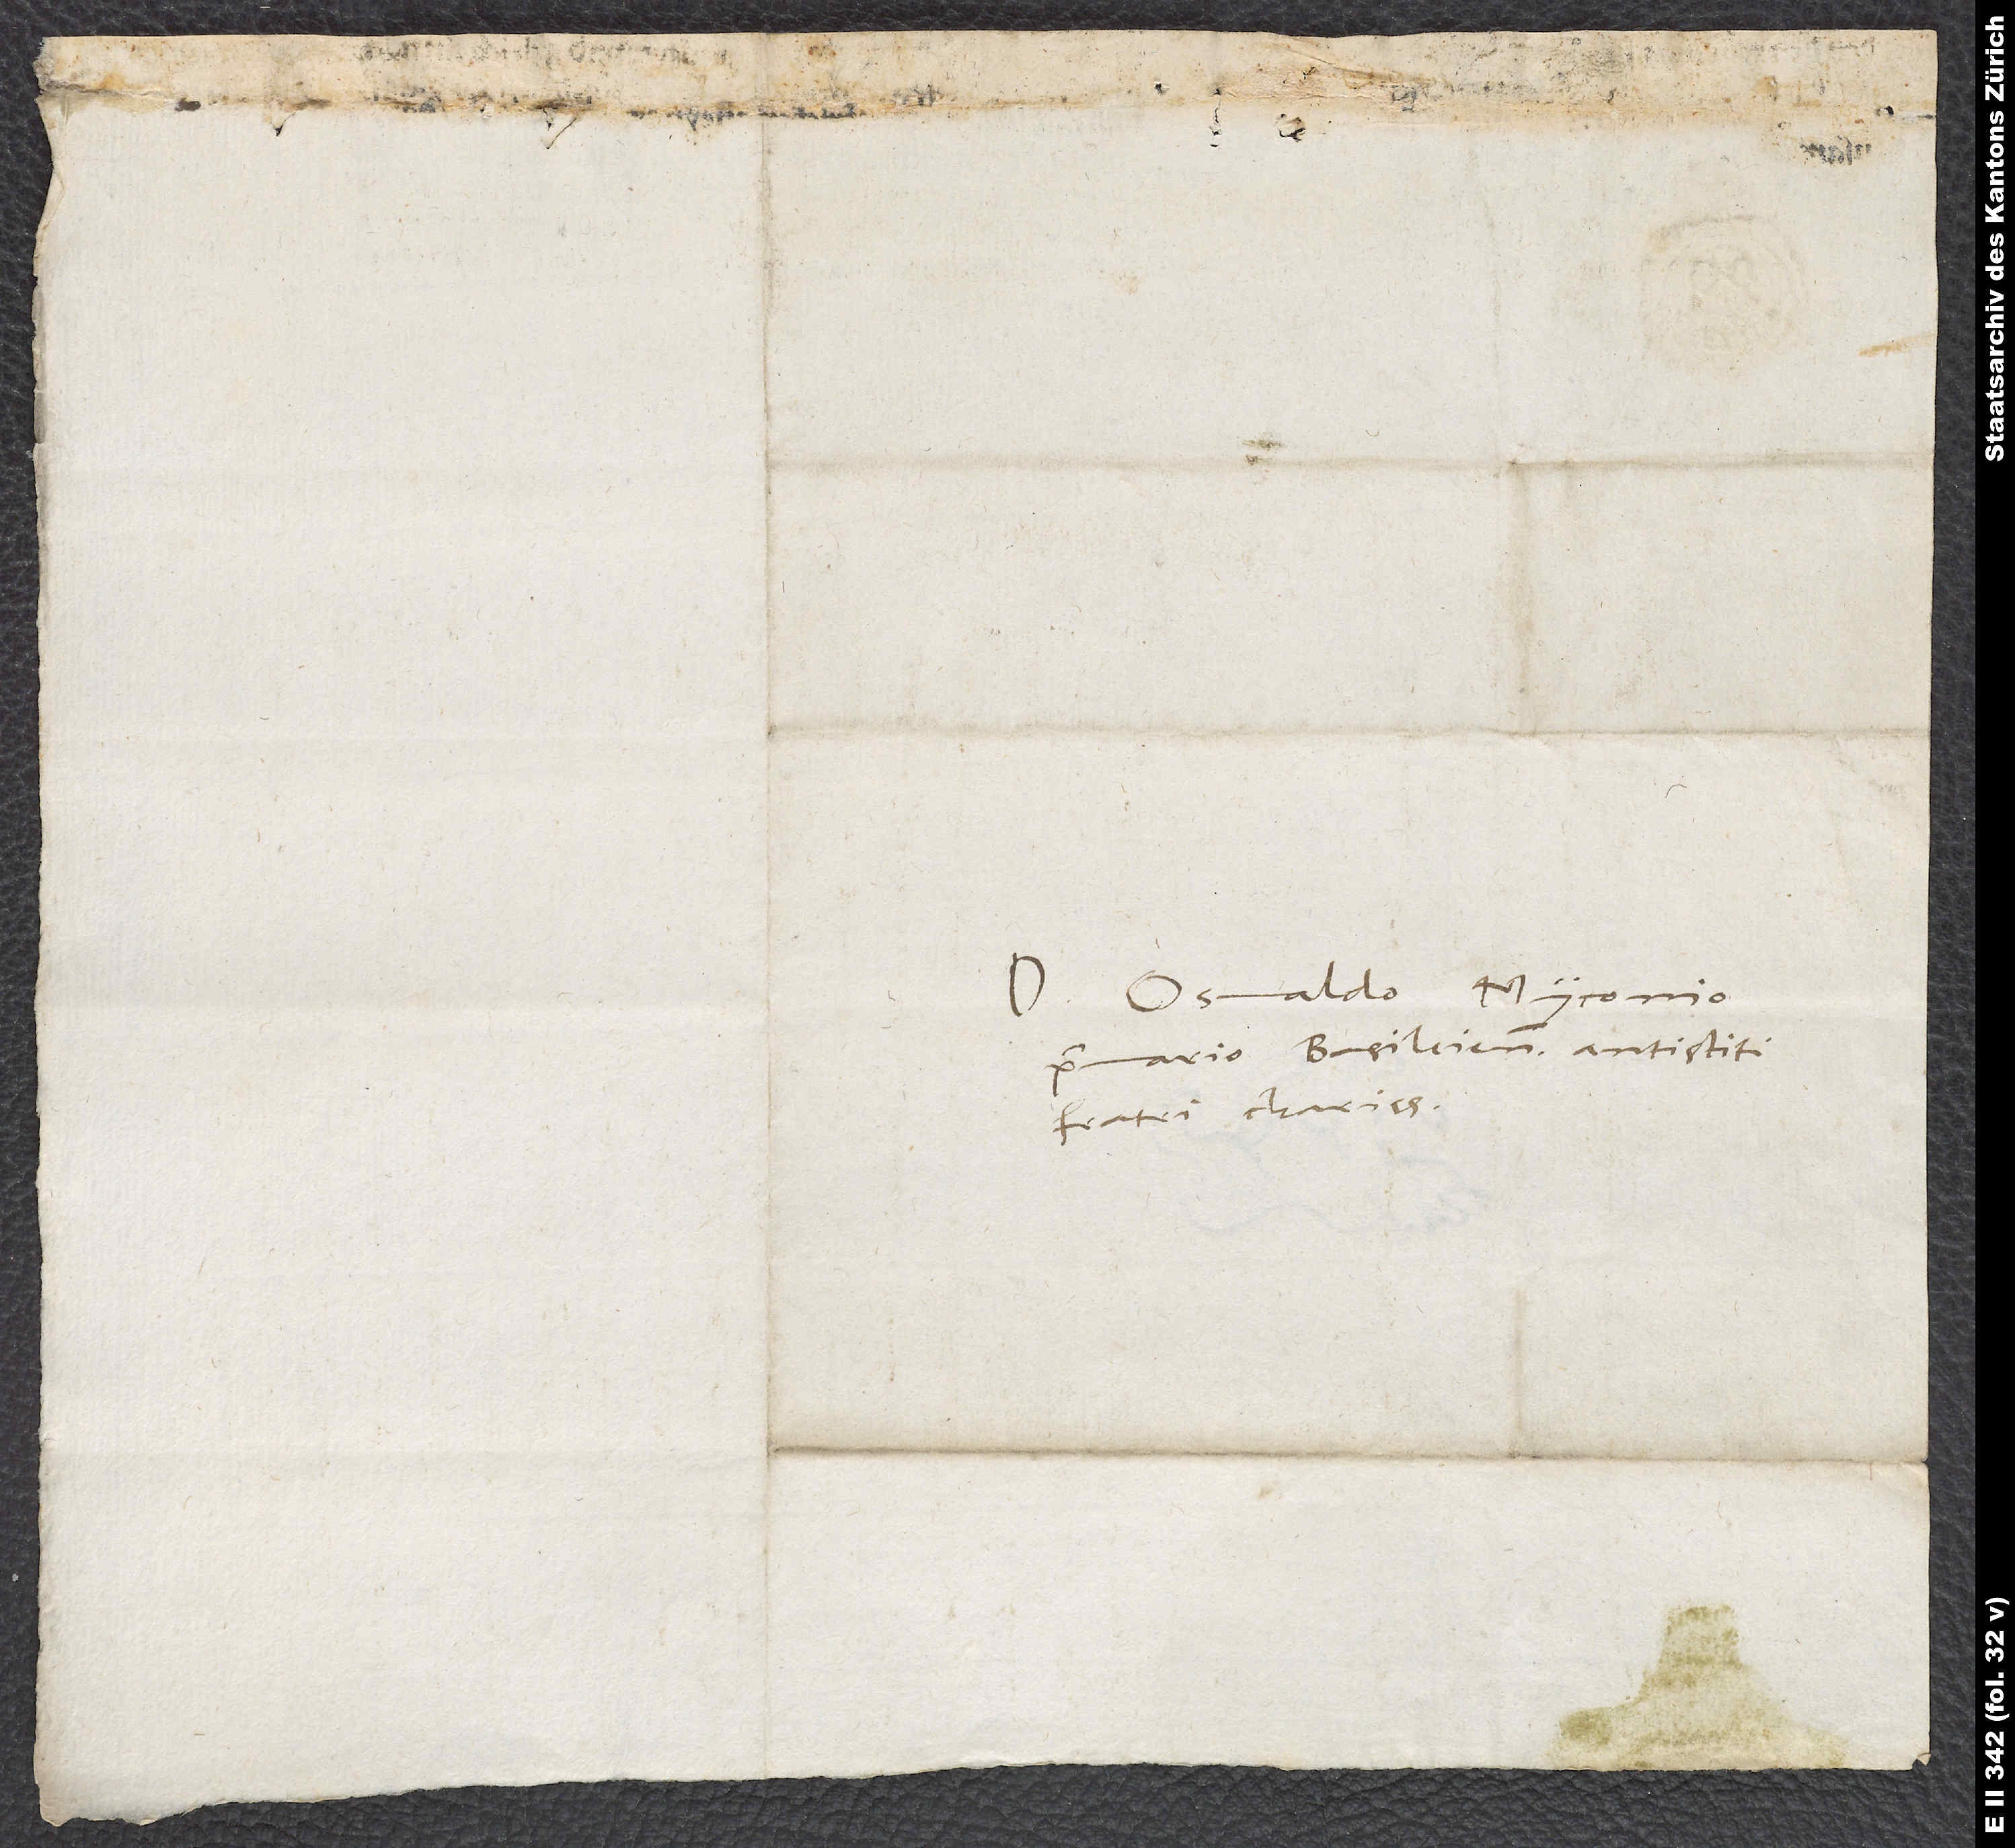
Domino Oswaldo Myconio,
primario Basileien antistiti,
fratri charissimo.